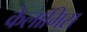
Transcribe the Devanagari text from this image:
केलामिस